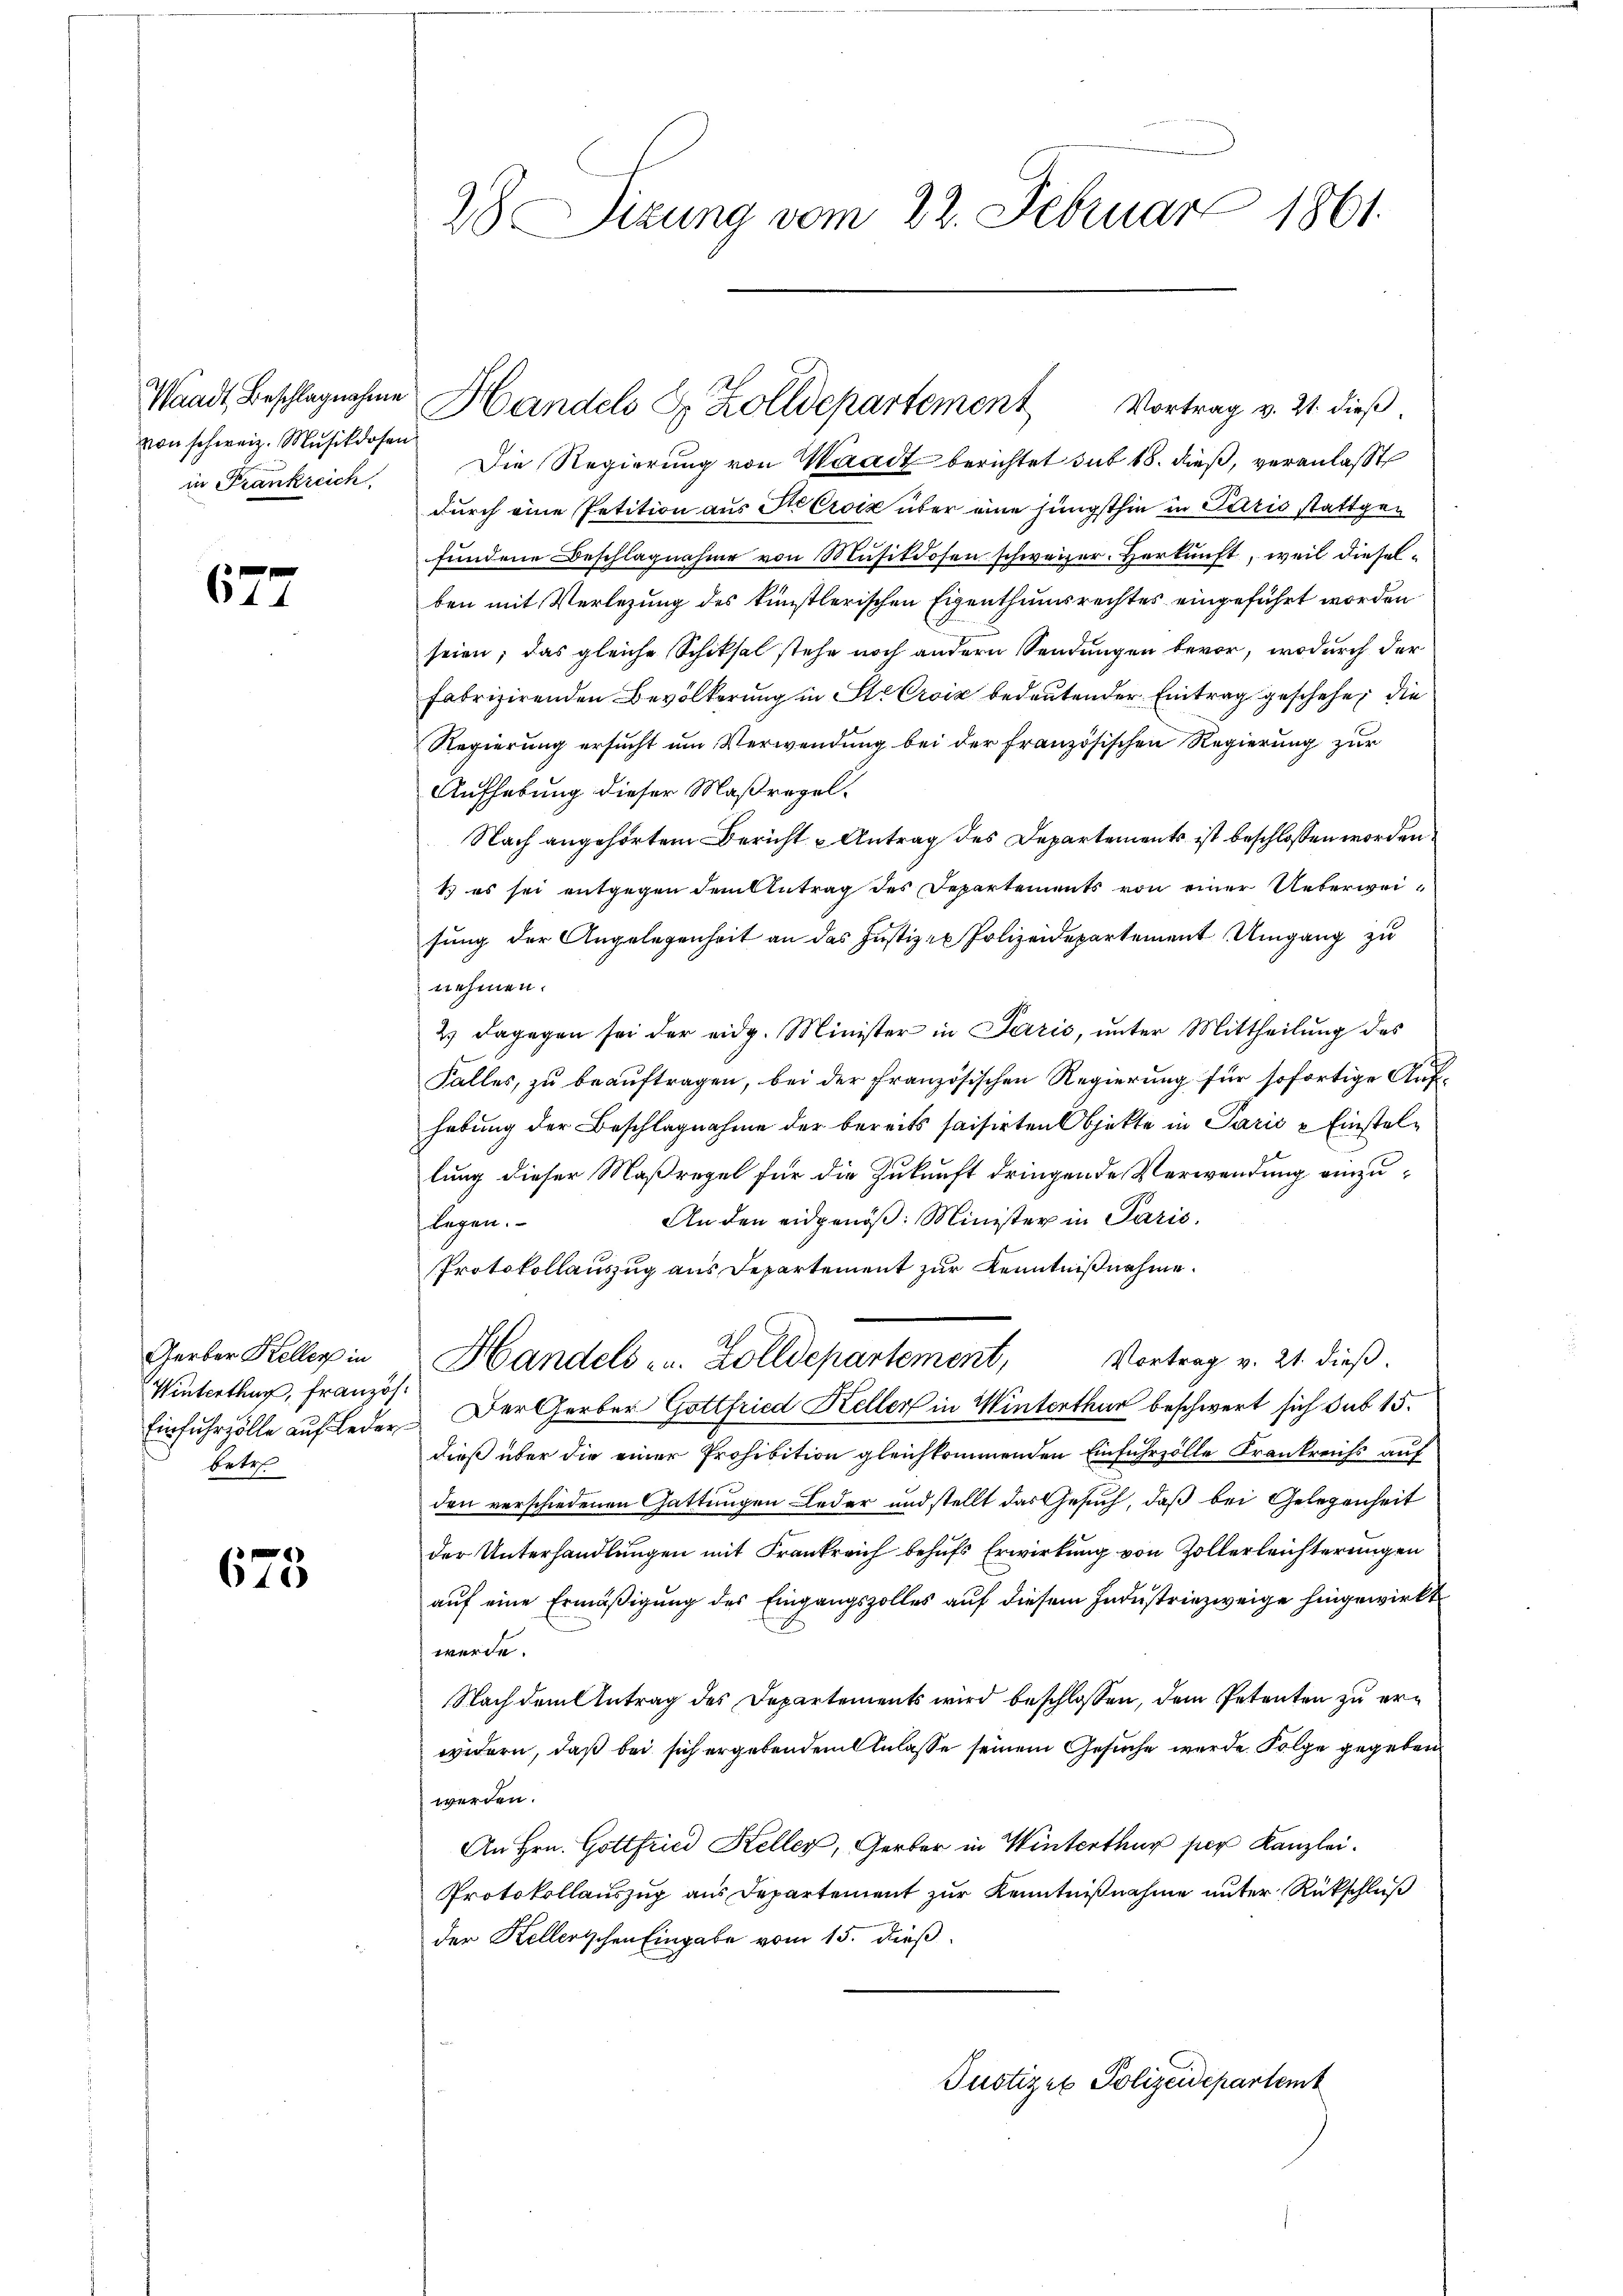
Waadt, Beschlagnahme
von schweiz. Musikdosen
in Frankreich

677

Gerber Keller in
Winterthur, französ.
betre

675

28 Sizung vom 22. Februar 1861.

Die Regierung von Waadt berichtet sub 18. dieß, veranlaßt
durch eine Petition aus Ste Croix über eine jüngsthin in Paris stattgefundene Beschlagnahme von Musikdosen schweizer. Herkunft, weil dieselben mit Verlegung des künstlerischen Eigenthumsrechtes eingeführt worden
seien; das gleiche Schiksal stehe noch andern Sendungen bevor, wodurch der
fabrizirenden Bevölkerung in St. Croix bedeutender Eintrag geschehe, die
Regierung ersucht um Verwendung bei der französischen Regierung zur
Aufhebung dieser Maßregel¬
Nach angehörtem Bericht - Antrag des Departements ist beschlossen worden
1) es sei entgegen dem Antrag des Departements von einer Ueberweisung der Angelegenheit an das Justiz- Polizeidepartement Umgang zu
nehmen.
2) dagegen sei der eidg. Minister in Paris, unter Mittheilŭng des
t
Falles, zu beauftragen, bei der Französischen Regierung für sofortige Aufhebung der Beschlagnahme der bereits saisirten Objekte in Paris u Einstellung dieser Maßregel für die Zukunft dringende Verwendung einzu¬
An den eidgenöß: Minister in Paris.
legen.
Protokollauszug aus Departement zur Kenntnißnahme.
Handels- u. Zolldepartement, Vortrag v. 21. dieβ.
Einfuhrzölle auf Leder. Der Gerber Gottfried Keller in Winterthur beschwert sich sub 15.
dieß über die einer Prohibition gleichkommenden Einfuhrzölle Frankreichs auf
den verschiedenen Gattungen Leder und stellt das Gesuch, daß bei Gelegenheit
der Unterhandlungen mit Frankreich behufs Erwirkung von Zollerleichterungen
aŭf eine Ermäßigung des Eingangszolles auf diesem Industriezweige hingewirkt
werde.
Nach dem Antrag des Departements wird beschlossen, dem Petenten zu erwidern, daß bei sich ergebendem Anlasse seinem Gesuche wurde. Folge gegeben.
werden.
An Hrn. Gottfried Keller, Gerber in Winterthur ses Kanzlei.
Protokollauszug aus Departement zur Kenntnißnahme unter Rückschluß
der Kellerischen Eingabe vom 15. dieß.
Justizen Polizeidepartemb

Handels E. Zolldepartement

Vortrag v. 21. dieß,